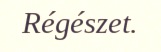
Régészet.